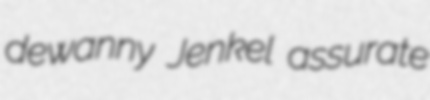
dewanny Jenkel assurate